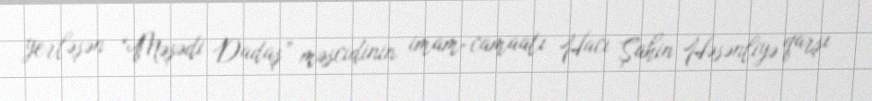
yerləşən “Məşədi Dadaş” məscidinin imam-camaatı Hacı Şahin Həsənliyə qarşı